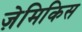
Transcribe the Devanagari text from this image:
ज़ेमिकिस